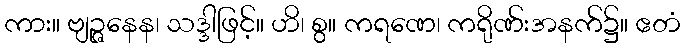
ကား။ ဗျဉ္ဇနေန၊ သဒ္ဒါဖြင့်။ ဟိ၊ စွ။ ကရဏေ၊ ကရိုဏ်းအနက်၌။ ဧတံ